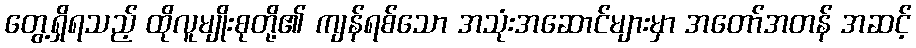
တွေ့ရှိရသည့် ထိုလူမျိုးစုတို့၏ ကျန်ရစ်သော အသုံးအဆောင်များမှာ အတော်အတန် အဆင့်